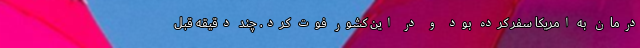
درمان به امریکا سفر کرده بود و در این کشور فوت کرد. چند دقیقه قبل